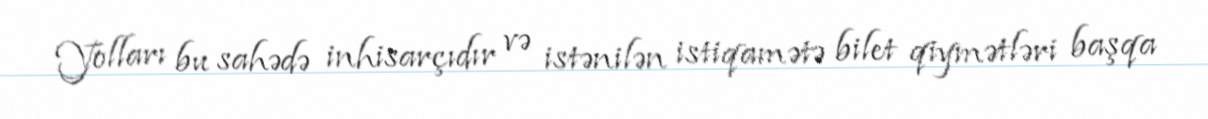
Yolları bu sahədə inhisarçıdır və istənilən istiqamətə bilet qiymətləri başqa